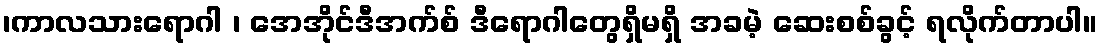
၊ကာလသားရောဂါ ၊ အေအိုင်ဒီအက်စ် ဒီရောဂါတွေရှိမရှိ အခမဲ့ ဆေးစစ်ခွင့် ရလိုက်တာပါ။